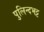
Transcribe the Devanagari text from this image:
पुलिन्दभट्ट